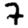
Digit: 7